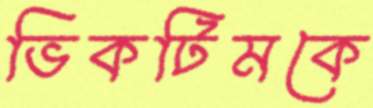
ভিকটিমকে